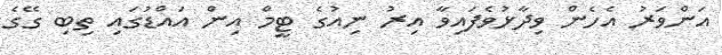
އަންވަރު އެހެން ވިދާޅުވެފައިވާ އިރު ނިއުގެ ޓީމް އިން އައްޑުގައި ތިބި ގޭގެ